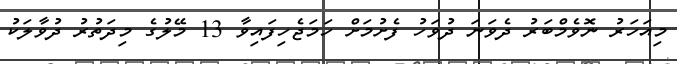
މިއަހަރު ނޮވެމްބަރު ދެވަނަ ދުވަހު ފެށުމަށް ހަމަޖެހިފައިވާ 13 މޭލުގެ މިދަތުރު ދުވާލަކު